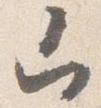
山